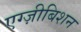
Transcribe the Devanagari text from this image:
एग्ज़ीबिशन